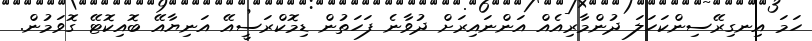
ހަމަ އިނގިރޭސިންކަހަލަ ދުންމާރިއެއް އަންނައިރަށް ދުވާނެ ފަހަތުން ޑިމޮކްރަސީއޭ އަނިޔާއޭ ބޮއިކޮޓޭ ގޮވަމުން.